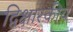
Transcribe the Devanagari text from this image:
द्विक्षारकीय